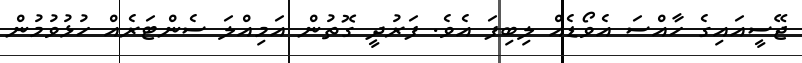
ޖޭސީއައިގެ ހާއްސަ އެވޯޑެއް ލިބިފަ އެވެ. ފަރުދީ ގޮތުން އަމިއްލަ ސެންޓަރެއް ހުޅުވުމުން